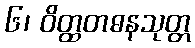
၆၊ ဝိတ္ထတဓနသုတ္တ